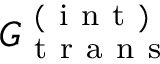
G _ { \mathrm { ~ t ~ r ~ a ~ n ~ s ~ } } ^ { \mathrm { ~ ( ~ i ~ n ~ t ~ ) ~ } }